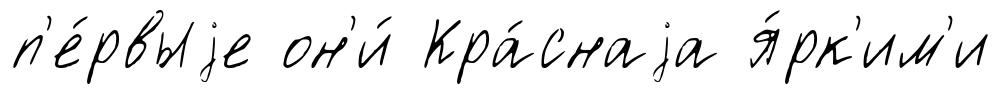
п'е́рвыjе он'и́ Кра́снаjа я́рк'им'и